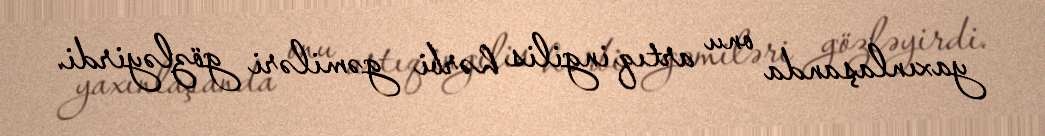
yaxınlaşanda onu artıq ingilis hərbi gəmiləri gözləyirdi.